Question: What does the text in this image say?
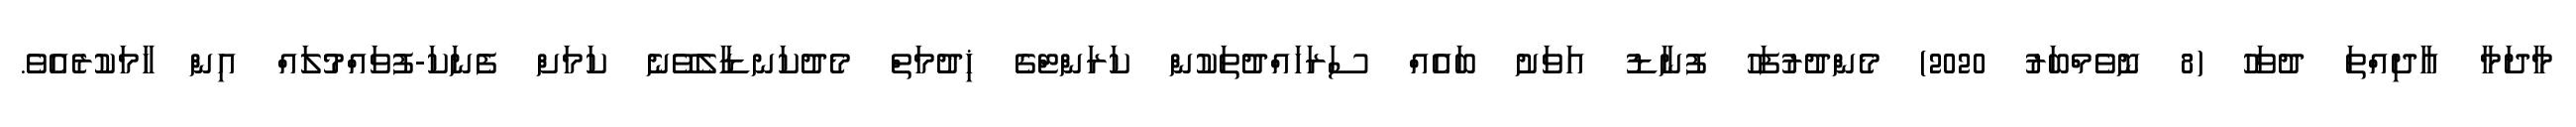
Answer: މާދަމާ އާދިއްތަ ދުވަހު (8 ނޮވެމްބަރު 2020) މެންދުރުފަހު ފުނާޑު އަވަށު ބައެއް ސަރަހައްދުތަކުން ކަރަންޓްގެ ޚިދުމަތް މެދުކަނޑާލެވޭނެ ކަމަށް ފެނަކަ-ފުވައްމުލައް އިން ހާމަކުރެއެވެ.